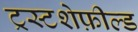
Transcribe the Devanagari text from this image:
ट्रस्टशेफ़ील्ड